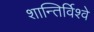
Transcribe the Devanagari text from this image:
शान्तिर्विश्वे